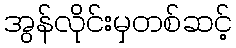
အွန်လိုင်းမှတစ်ဆင့်